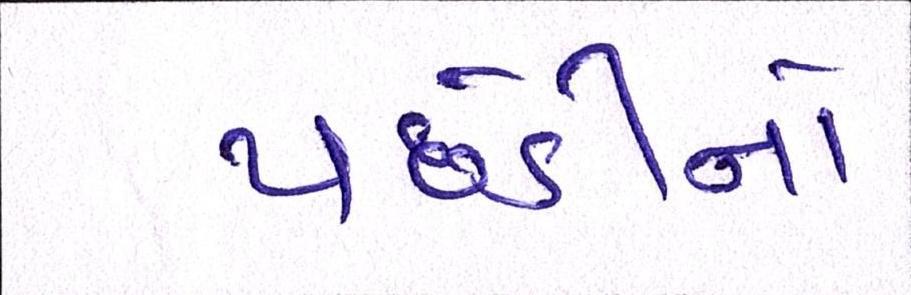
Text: પછેડીનો